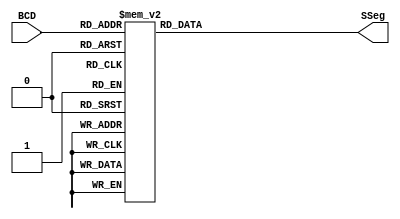
module BCDtoSSeg ( input [3:0] BCD, output reg [0:6] SSeg );

    always @ ( * ) begin
        
        case ( BCD )
            
           4'b0000: SSeg = 7'b1000000; // 0  
            4'b0001: SSeg = 7'b1111001; // 1 
            4'b0010: SSeg = 7'b0100100; // 2 
            4'b0011: SSeg = 7'b0110000; // 3 
            4'b0100: SSeg = 7'b0011001; // 4 
            4'b0101: SSeg = 7'b0010010; // 5 
            4'b0110: SSeg = 7'b0000010; // 6 
            4'b0111: SSeg = 7'b1111000; // 7 
            4'b1000: SSeg = 7'b0000000; // 8  
            4'b1001: SSeg = 7'b0010000; // 9 

            default: SSeg =7'b1111111;

        endcase

    end

endmodule